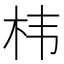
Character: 㭏